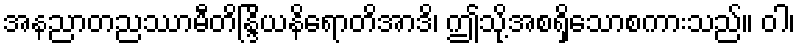
အနညာတညဿာမီတိန္ဒြိယနိရောတိအာဒိ၊ ဤသို့အစရှိသောစကားသည်။ ဝါ၊